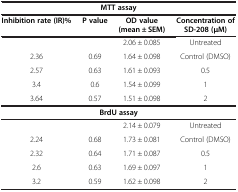
<table><thead><tr><td colspan="4"><b>MTT assay</b></td></tr><tr><td><b>Inhibition rate (IR)%</b></td><td><b>P value</b></td><td><b>OD value (mean ± SEM)</b></td><td><b>Concentration of SD-208 (μM)</b></td></tr></thead><tbody><tr><td> </td><td> </td><td>2.06 ± 0.085</td><td>Untreated</td></tr><tr><td>2.36</td><td>0.69</td><td>1.64 ± 0.098</td><td>Control (DMSO)</td></tr><tr><td>2.57</td><td>0.63</td><td>1.61 ± 0.093</td><td>0.5</td></tr><tr><td>3.4</td><td>0.6</td><td>1.54 ± 0.099</td><td>1</td></tr><tr><td>3.64</td><td>0.57</td><td>1.51 ± 0.098</td><td>2</td></tr><tr><td colspan="4"><b>BrdU assay</b></td></tr><tr><td> </td><td> </td><td>2.14 ± 0.079</td><td>Untreated</td></tr><tr><td>2.24</td><td>0.68</td><td>1.73 ± 0.081</td><td>Control (DMSO)</td></tr><tr><td>2.32</td><td>0.64</td><td>1.71 ± 0.087</td><td>0.5</td></tr><tr><td>2.6</td><td>0.63</td><td>1.69 ± 0.097</td><td>1</td></tr><tr><td>3.2</td><td>0.59</td><td>1.62 ± 0.098</td><td>2</td></tr></tbody></table>